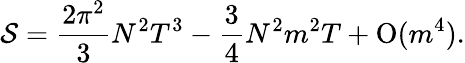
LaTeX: {\cal S}=\frac{2\pi^{2}}{3}N^{2}T^{3}-\frac{3}{4}N^{2}m^{2}T+\mathrm{O}(m^{4}).